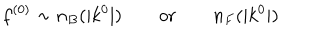
f ^ { ( 0 ) } \sim n _ { B } ( | k ^ { 0 } | ) \qquad \mathrm { o r } \qquad n _ { F } ( | k ^ { 0 } | )